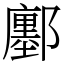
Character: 鄽